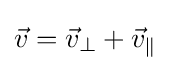
{\vec {v}}={\vec {v}}_{\bot }+{\vec {v}}_{\|}